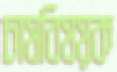
চাষবিষয়ক